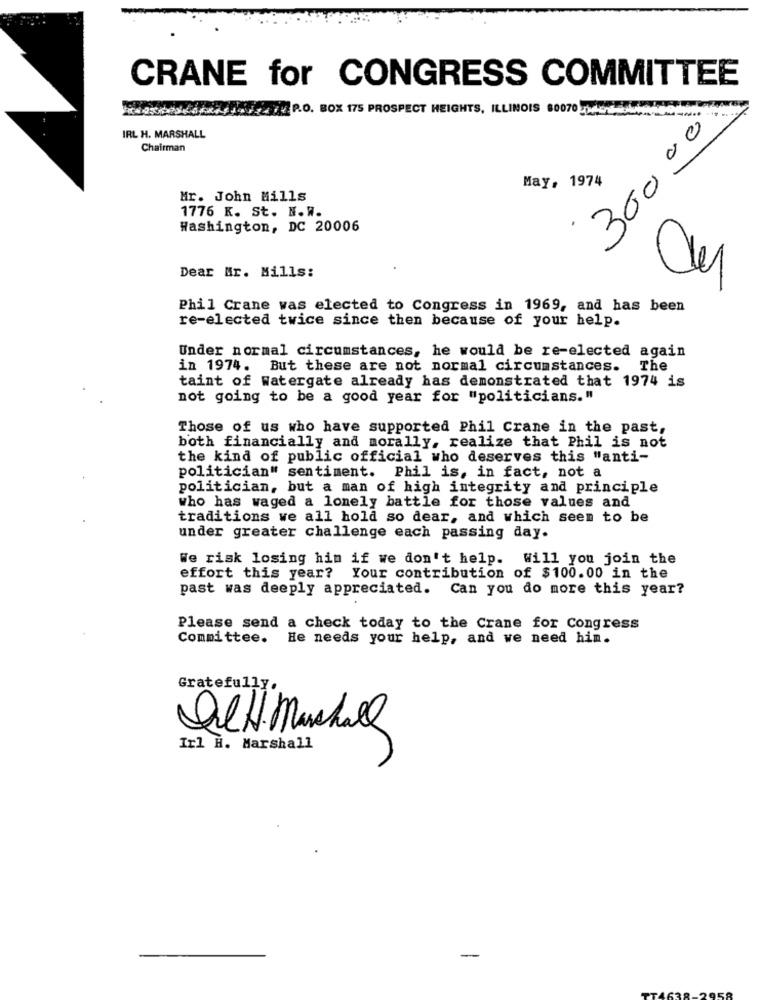
CRANE for CONGRESS COMMITTEE
P.O. BOX 175 PROSPECT HEIGHTS, ILLINOIS 80070 conLA
300 00
IRL H. MARSHALL
Chairman
May, 1974
Mr. John Mills
1776 K. St. N. W.
Washington, DC 20006
Dear Mr. Mills:
Phil Crane was elected to Congress in 1969, and has been
re-elected twice since then because of your help.
Under normal circumstances, he would be re-elected again
in 1974. But these are not normal circumstances.
The
taint of Watergate already has demonstrated that 1974 is
not going to be a good year for "politicians."
Those of us who have supported Phil Crane in the past,
both financially and morally, realize that Phil is not
the kind of public official who deserves this "anti-
politician" sentiment. Phil is, in fact, not a
politician, but a man of high integrity and principle
who has waged a lonely battle for those values and
traditions we all hold so dear, and which seem to be
under greater challenge each passing day.
We risk losing him if we don't help. Will you join the
effort this year? Your contribution of $100.00 in the
past was deeply appreciated. Can you do more this year?
Please send a check today to the Crane for Congress
Committee.
He needs your help, and we need hin.
Gratefully,
OCH Manshall
Irl H. Marshall
-